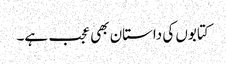
کتابوں کی داستان بھی عجب ہے۔